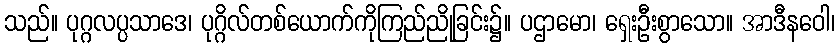
သည်။ ပုဂ္ဂလပ္ပသာဒေ၊ ပုဂ္ဂိလ်တစ်ယောက်ကိုကြည်ညိုခြင်း၌။ ပဌာမော၊ ရှေးဦးစွာသော။ အာဒီနဝေါ၊